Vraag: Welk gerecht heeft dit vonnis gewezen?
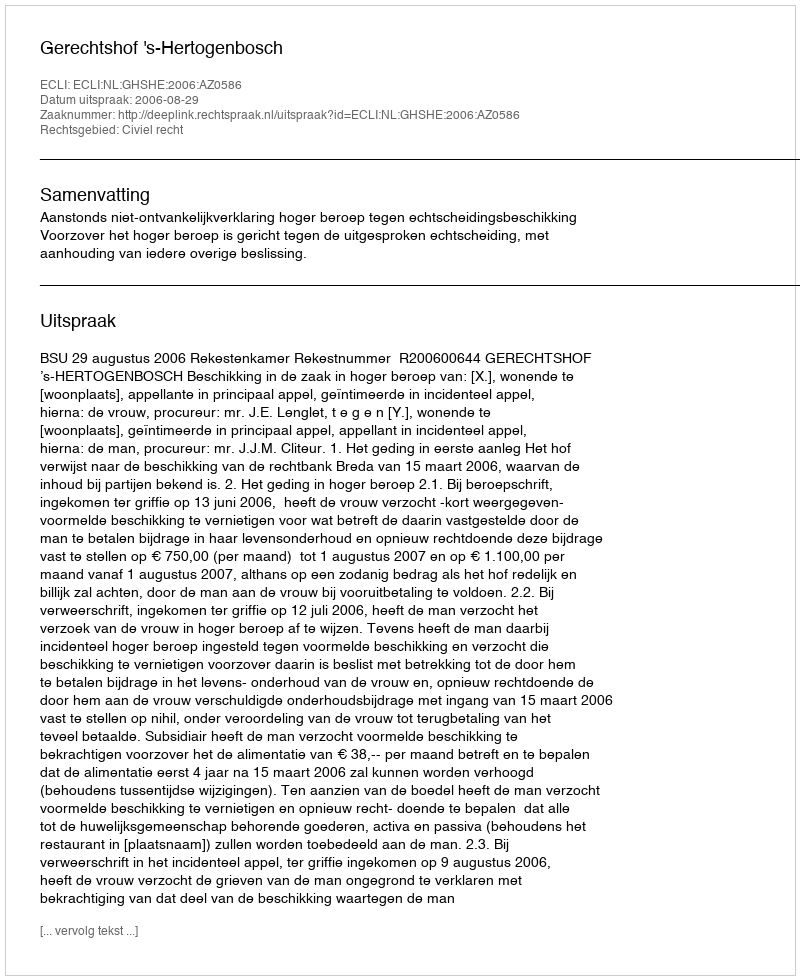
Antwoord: Gerechtshof 's-Hertogenbosch